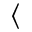
\langle